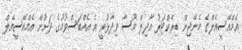
އެމްއޭސީއެލްގެ މެނޭޖިން ޑިރެކްޓަރު އާދިލް މޫސާ ވިދާޅުވީ އެ އެއްބަސްވުމުގެ ދަށުން އެމްއޭސީއެލް